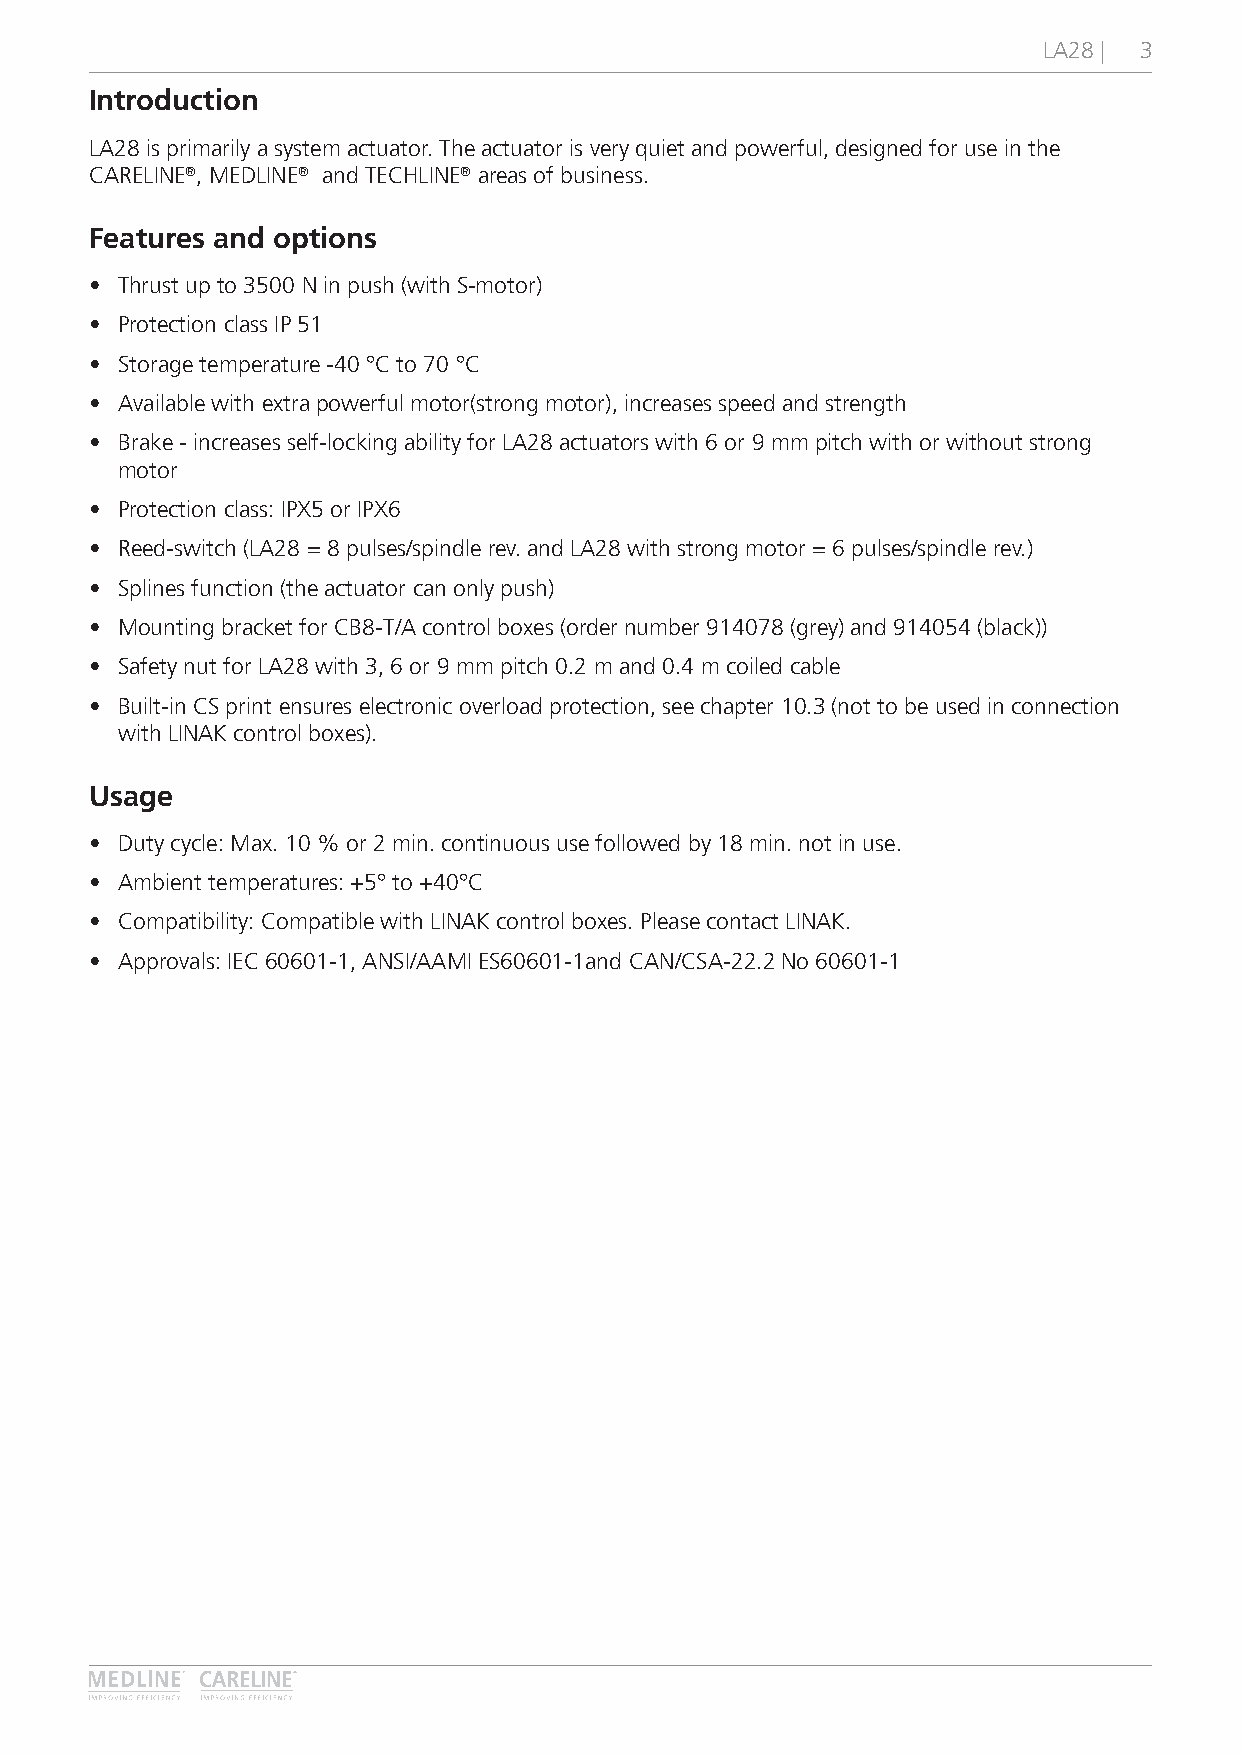
LA28 | 3
 Introduction
 LA28 is primarily a system actuator� The actuator is very quiet and powerful, designed for use in the
 CARELINE®, MEDLINE® and TECHLINE® areas of business�
 Features and options
 • Thrust up to 3500 N in push (with S-motor)
 • Protection class IP 51
 • Storage temperature -40 °C to 70 °C
 • Available with extra powerful motor(strong motor), increases speed and strength
 • Brake - increases self-locking ability for LA28 actuators with 6 or 9 mm pitch with or without strong
 motor
 • Protection class: IPX5 or IPX6
 • Reed-switch (LA28 = 8 pulses/spindle rev� and LA28 with strong motor = 6 pulses/spindle rev�)
 • Splines function (the actuator can only push)
 • Mounting bracket for CB8-T/A control boxes (order number 914078 (grey) and 914054 (black))
 • Safety nut for LA28 with 3, 6 or 9 mm pitch 0�2 m and 0�4 m coiled cable
 • Built-in CS print ensures electronic overload protection, see chapter 10�3 (not to be used in connection
 with LINAK control boxes)�
 Usage
 • Duty cycle: Max� 10 % or 2 min� continuous use followed by 18 min� not in use�
 • Ambient temperatures: +5° to +40°C
 • Compatibility: Compatible with LINAK control boxes� Please contact LINAK�
 • Approvals: IEC 60601-1, ANSI/AAMI ES60601-1and CAN/CSA-22�2 No 60601-1